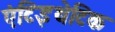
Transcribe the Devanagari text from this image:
एंटिइथेटिक